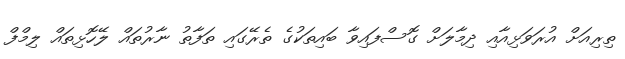
ތިރިއަށް އުރަވަޅިއާއި ދިމާލަށް ގޮސްފައިވާ ބައިތަކުގެ ތެރޭގައި ތަފާތު ނާރުތައް ލޭހޮޅިތައް ލިމްފް